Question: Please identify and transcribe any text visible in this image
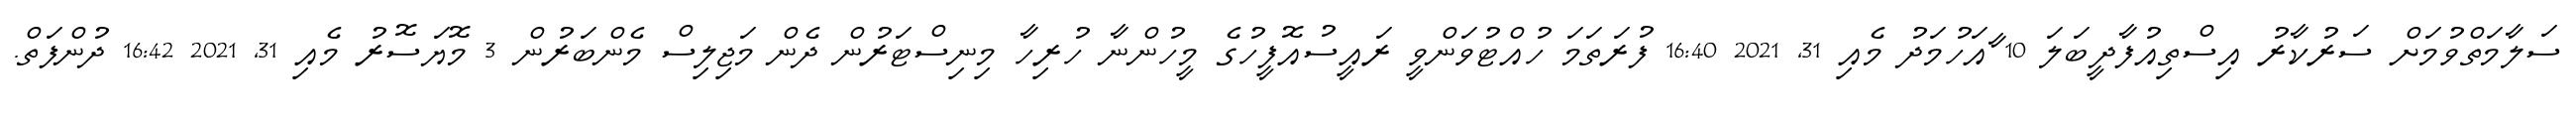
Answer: ސަލާމަތްވުމަށް ސަރުކާރު އިސްތިއުފާދީބަލަ 10 ާއަހުމަދު މެއި 31, 2021 16:40 ފުރަތަމަ ހުއްޓުވަންވީ ރައީސުއޮފީހުގެ މީހުންނާ ހުރިހާ މިނިސްޓަރުން ދެން މަޖިލިސް މެންބަރުން 3 މޮޔަސޮރު މެއި 31, 2021 16:42 ދުންފަތް.